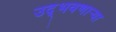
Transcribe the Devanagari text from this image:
उद्‌भवणाऱ्या